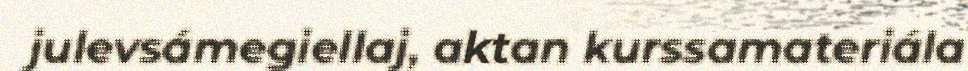
julevsámegiellaj, aktan kurssamateriála